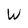
Character: W